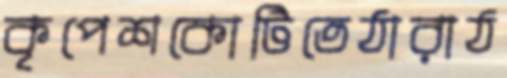
কৃপেশকোটিতেঠারাঠ